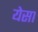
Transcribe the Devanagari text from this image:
येसा